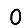
Digit: 0